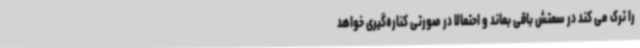
را ترک می کند در سمتش باقی بماند و احتمالا در صورتی کناره‌گیری خواهد